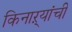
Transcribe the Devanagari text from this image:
किनाऱ्यांची